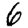
Digit: 6